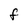
Character: F